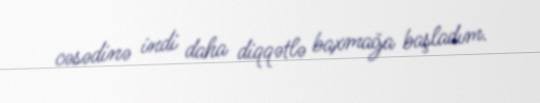
cəsədinə indi daha diqqətlə baxmağa başladım.